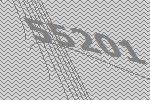
55201